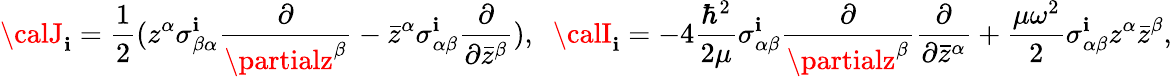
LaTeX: {\calJ}_{\mathbf{i}}=\frac{{1}}{{2}}(z^{\alpha}\sigma_{\beta\alpha}^{\mathbf{i}}\frac{{\partial}}{{\partialz^{\beta}}}-{\bar{{z}}}^{\alpha}\sigma_{\alpha\beta}^{\mathbf{i}}\frac{{\partial}}{{\partial{\bar{{z}}}^{\beta}}}),\; \; {\calI}_{\mathbf{i}}=-4\frac{{\hbar^{2}}}{{2\mu}}\sigma_{\alpha\beta}^{\mathbf{i}}\frac{{\partial}}{{\partialz^{\beta}}}\frac{{\partial}}{{\partial{\bar{{z}}}^{\alpha}}}+\frac{{\mu\omega^{2}}}{{2}}\sigma_{\alpha\beta}^{\mathbf{i}}z^{\alpha}{\bar{{z}}}^{\beta},